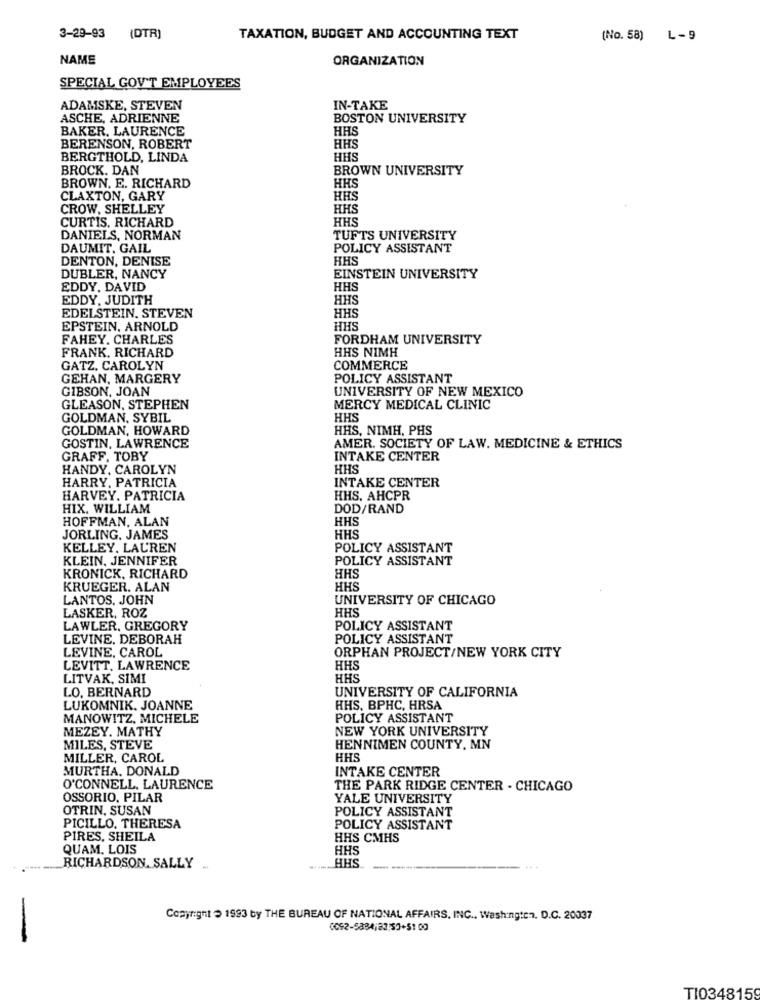
3-29-93
(DTR)
TAXATION, BUDGET AND ACCOUNTING TEXT
(No. 58) L-9
NAME
ORGANIZATION
SPECIAL GOV'T EMPLOYEES
ADAMSKE, STEVEN
IN-TAKE
ASCHE, ADRIENNE
BOSTON UNIVERSITY
BAKER, LAURENCE
HAS
BERENSON, ROBERT
HHS
BERGTHOLD, LINDA
HHS
BROCK. DAN
BROWN UNIVERSITY
HHS
BROWN. E. RICHARD
CLAXTON, GARY
HHS
CROW, SHELLEY
HHS
CURTIS. RICHARD
HHS
DANIELS, NORMAN
TUFTS UNIVERSITY
DAUMIT. GAIL
POLICY ASSISTANT
DENTON, DENISE
HHS
DUBLER, NANCY
EINSTEIN UNIVERSITY
EDDY. DAVID
HHS
EDDY, JUDITH
HHS
EDELSTEIN. STEVEN
HHS
EPSTEIN, ARNOLD
HHS
FAHEY. CHARLES
FORDHAM UNIVERSITY
FRANK. RICHARD
HHS NIMH
GATZ, CAROLYN
COMMERCE
GEHAN, MARGERY
POLICY ASSISTANT
GIBSON, JOAN
UNIVERSITY OF NEW MEXICO
GLEASON, STEPHEN
MERCY MEDICAL CLINIC
GOLDMAN, SYBIL
HHS
GOLDMAN, HOWARD
HHS, NIMH, PHS
GOSTIN, LAWRENCE
AMER. SOCIETY OF LAW. MEDICINE & ETHICS
GRAFF, TOBY
INTAKE CENTER
HANDY, CAROLYN
HHS
HARRY, PATRICIA
INTAKE CENTER
HARVEY, PATRICIA
HHS. AHCPR
HIX. WILLIAM
DOD/RAND
HOFFMAN, ALAN
HHS
JORLING. JAMES
HHS
KELLEY. LAUREN
POLICY ASSISTANT
KLEIN, JENNIFER
POLICY ASSISTANT
KRONICK, RICHARD
HHS
KRUEGER. ALAN
HHS
LANTOS, JOHN
UNIVERSITY OF CHICAGO
HHS
LASKER, ROZ
LAWLER, GREGORY
POLICY ASSISTANT
LEVINE, DEBORAH
POLICY ASSISTANT
LEVINE, CAROL
ORPHAN PROJECT/NEW YORK CITY
LEVITT. LAWRENCE
HHS
LITVAK, SIMI
HHS
LO, BERNARD
UNIVERSITY OF CALIFORNIA
LUKOMNIK. JOANNE
HHS. BPHC, HRSA
MANOWITZ, MICHELE
POLICY ASSISTANT
MEZEY. MATHY
NEW YORK UNIVERSITY
MILES, STEVE
HENNIMEN COUNTY, MN
MILLER, CAROL
HHS
MURTHA. DONALD
INTAKE CENTER
O'CONNELL, LAURENCE
THE PARK RIDGE CENTER - CHICAGO
OSSORIO. PILAR
YALE UNIVERSITY
OTRIN, SUSAN
POLICY ASSISTANT
PICILLO. THERESA
POLICY ASSISTANT
PIRES, SHEILA
HHS CMHS
QUAM. LOIS
HHS
RICHARDSON. SALLY ..
HHS
Copyright = 1993 by THE BUREAU OF NATIONAL AFFAIRS, INC ., Washington, D.C. 20037
TI0348159